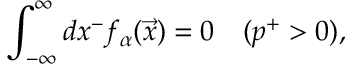
\int _ { - \infty } ^ { \infty } d x ^ { - } f _ { \alpha } ( \vec { x } ) = 0 \quad ( p ^ { + } > 0 ) ,